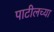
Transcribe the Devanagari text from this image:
पाटीलच्या